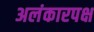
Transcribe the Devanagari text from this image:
अलंकारपक्ष